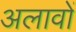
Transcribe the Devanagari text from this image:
अलावों